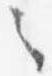
々